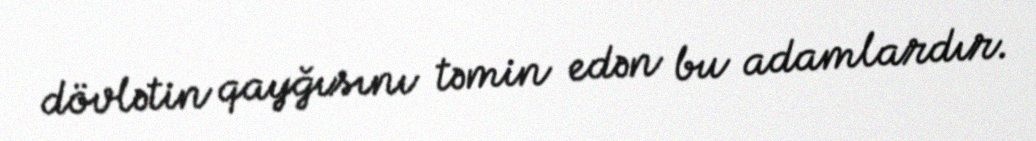
dövlətin qayğısını təmin edən bu adamlardır.